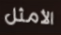
الأمثل